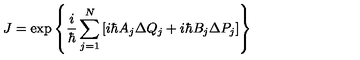
J = \exp \left\{ \frac { i } { \hbar } \sum _ { j = 1 } ^ { N } \left[ i \hbar A _ { j } \Delta Q _ { j } + i \hbar B _ { j } \Delta P _ { j } \right] \right\}